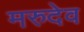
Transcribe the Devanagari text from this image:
मरुदेव